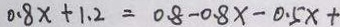
0 . 8 x + 1 . 2 = 0 . 8 - 0 . 8 x - 0 . 5 x +